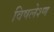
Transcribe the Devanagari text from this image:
विषलेश्ण